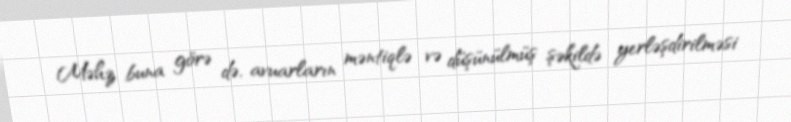
Məhz buna görə də, avuarların məntiqlə və düşünülmüş şəkildə yerləşdirilməsi